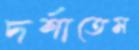
দর্শাতেম